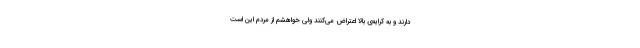
دارند و به کرایه‌ی بالا اعتراض می‌کنند ولی خواهشم از مردم این است